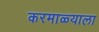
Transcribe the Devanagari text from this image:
करमाळ्याला